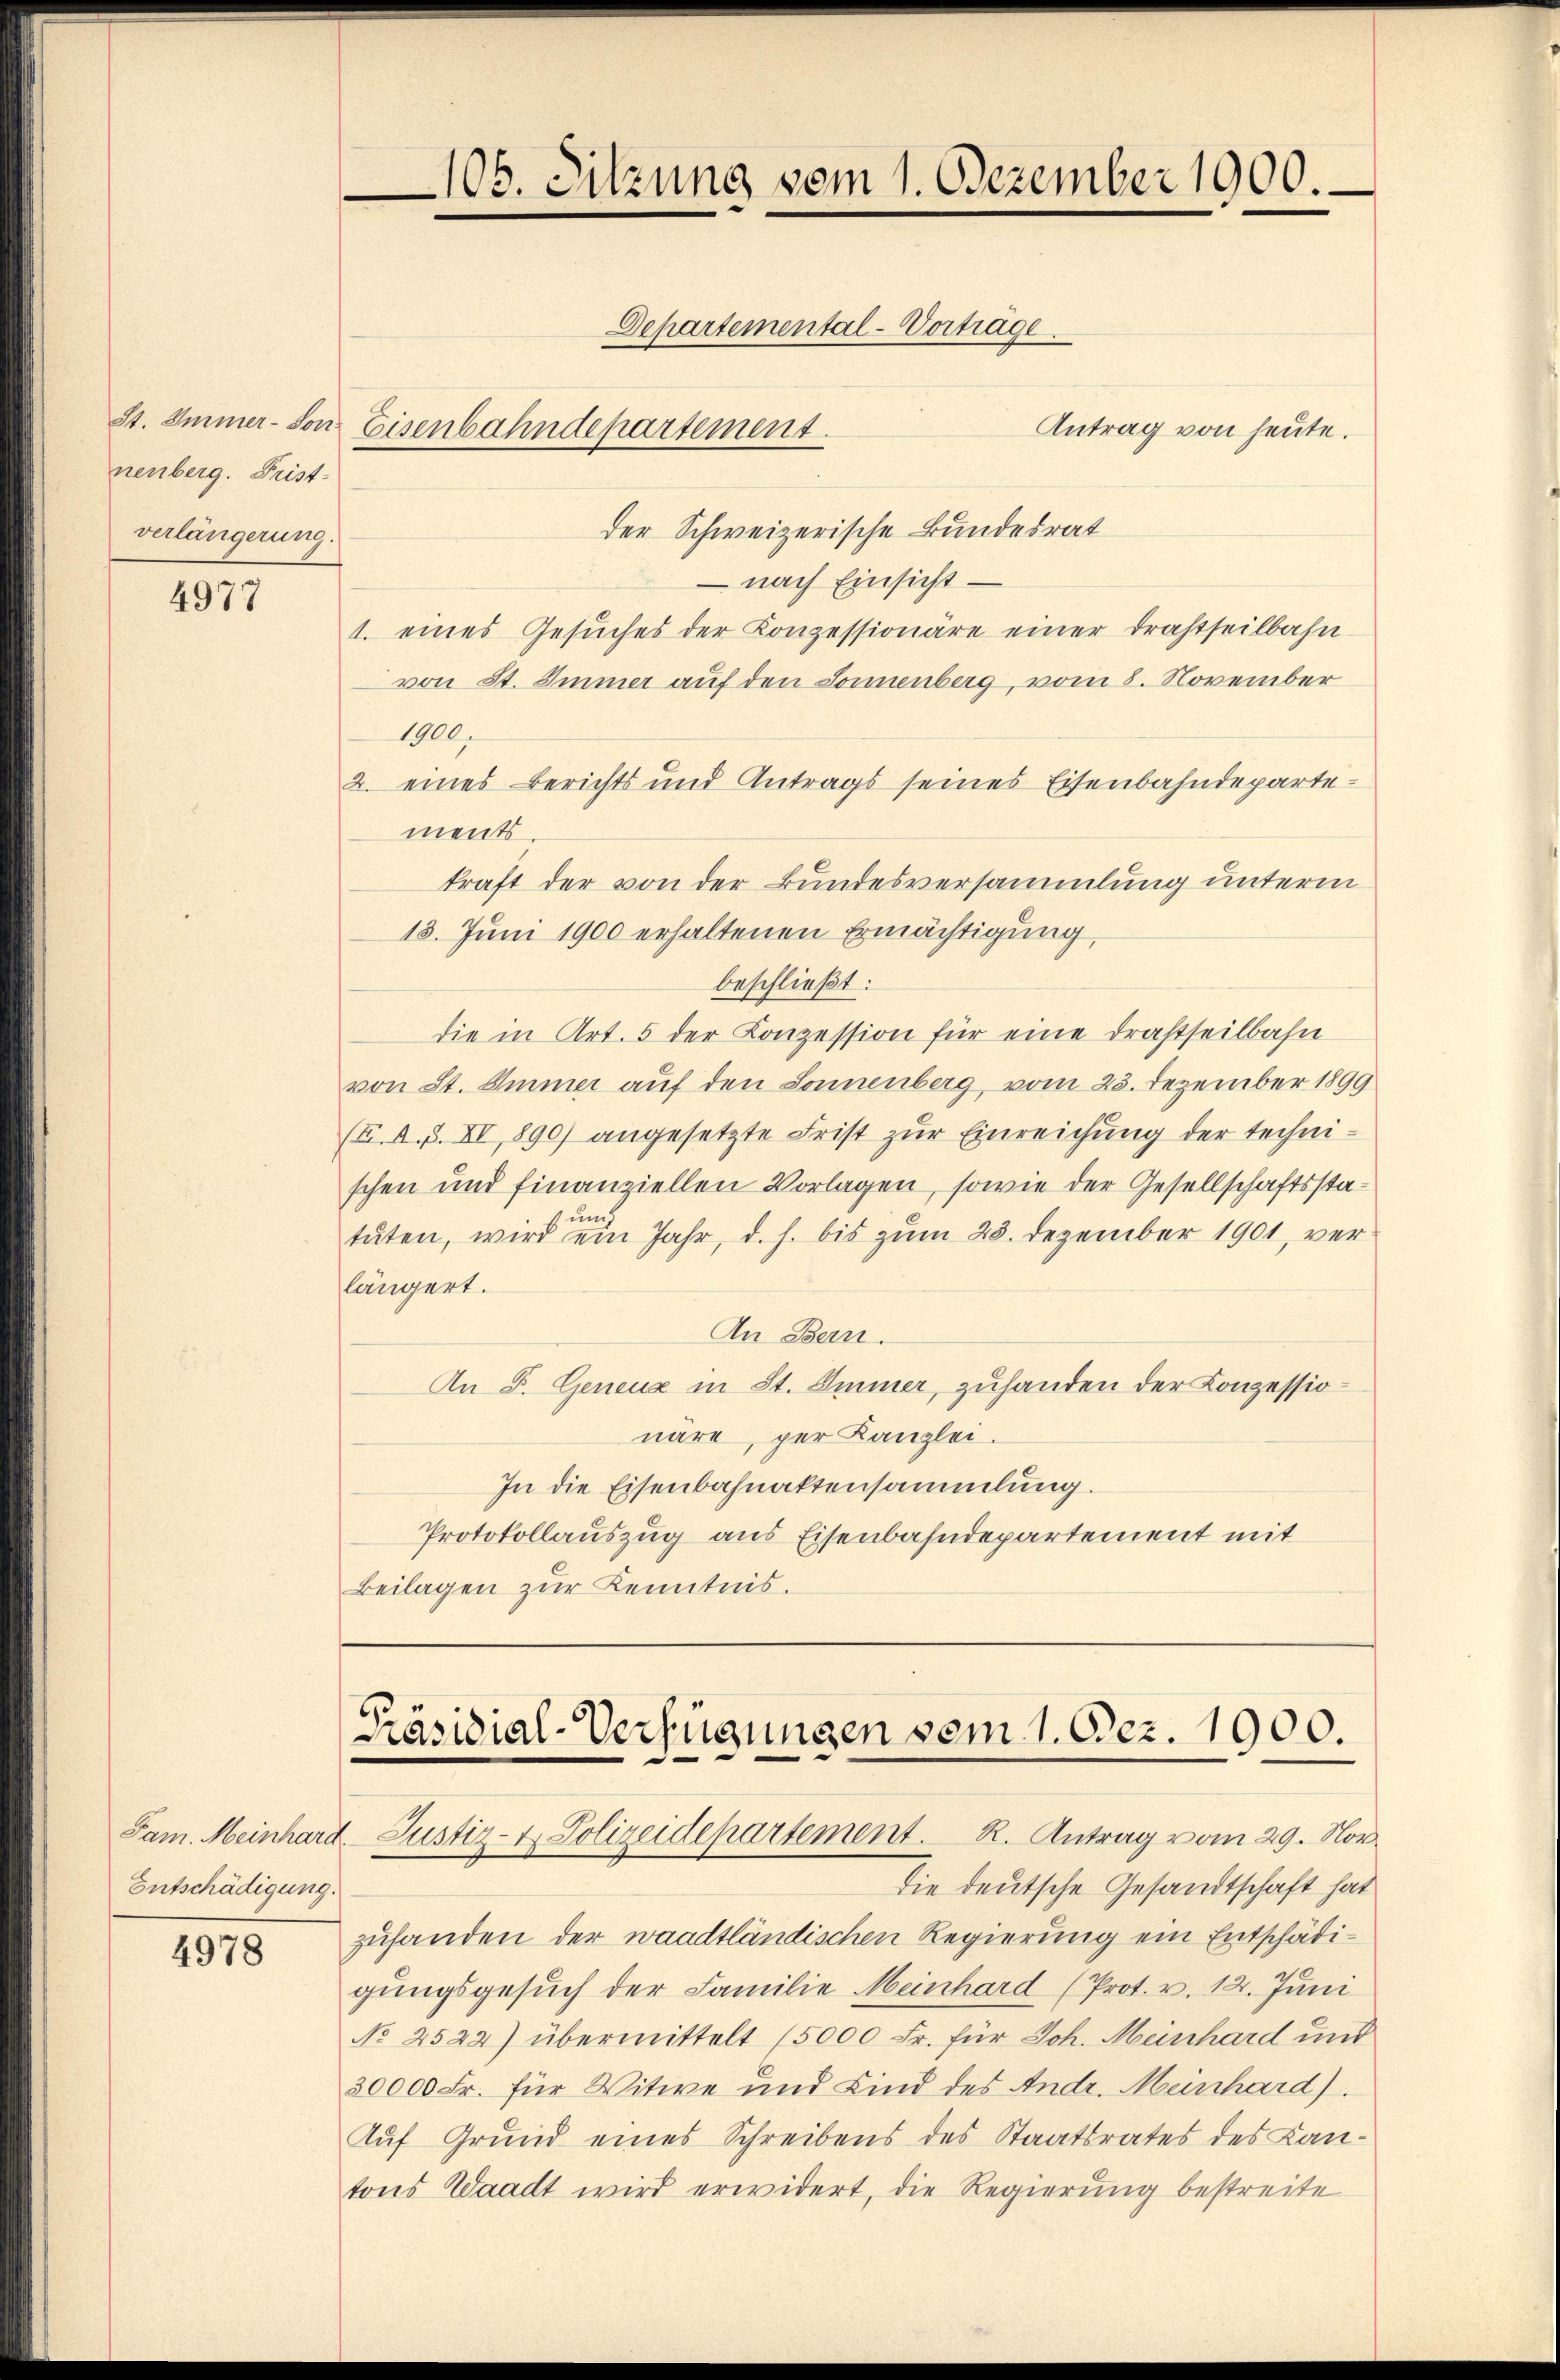
nenberg. Frist-
verlängerung.

4977

Entschädigung.

4978

Antrag von heute.
der Schweizerische Bundesrat
 nach Einsicht¬
1. eines Gesŭches der Konzessionäre einer drastheilbahn-
von St. Immer auf den Sonnenberg, vom 8. November
1900.
2. eines Berichts und Antrags seines Eisenbahndepartements.
kraft der von der Bundesversammlung unterm
13. Juni 1900 erhaltenen Ermächtigung,
beschließt:
die in Art. 5 der Konzession für eine Drastheilbahn
von St. Immer auf den Sonnenberg, vom 23. Dezember 1899
(u. A. S. XI 890) angesetzte Frist zŭr Einreichung der technischen und finanziellen Vorlagen, sowie der Gesellschaftsstatuten, wird ein Jahr, d. h. bis zum 28. Dezember 1901, verlängert.
An Bern.
An F. Geneuz in St. Immer, zuhanden der Konzessionäre, per Kanzlei.
In die Eisenbahnaktensammlung.
Protokollauszug aus Eisenbahndepartement mit
Beilagen zur Kenntnis.

106. Sitzung vom 1. Dezember 1900.

Departemental-Vorträge.
St. Immer - Von Eisenbahndepartement.

Präsidial-Verfügungen vom 1. Dez. 1900.
Jam. Meinhard Justiz- & Polizeidepartement. R. Antrag vom 29. Nov.

die deutsche Gesandtschaft hat
zufanden der waadtländischen Regierung ein Entschädigungsgesuch der Familie Meinhard (Prot. v. 12. Juni
No 2522) übermittelt 15000 Fr. für Joh. Meinhard und
30000 Fr. für Witwe und Kind des Andr. Meinhard).
Auf Grund eines Schreibens des Staatsrates des Kan-
tons Waadt wird erwidert, die Regierung bestreite